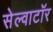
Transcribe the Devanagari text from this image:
सेल्वाटॉर